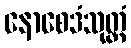
နောစေဒံသုတ္တံ